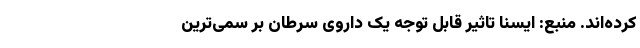
کرده‌اند. منبع: ایسنا تاثیر قابل توجه یک داروی سرطان بر سمی‌ترین